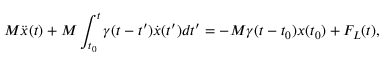
M \ddot { x } ( t ) + M \int _ { t _ { 0 } } ^ { t } \gamma ( t - t ^ { \prime } ) \dot { x } ( t ^ { \prime } ) d t ^ { \prime } = - M \gamma ( t - t _ { 0 } ) x ( t _ { 0 } ) + F _ { L } ( t ) ,